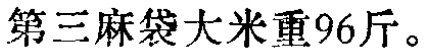
第三麻袋大米重96斤。